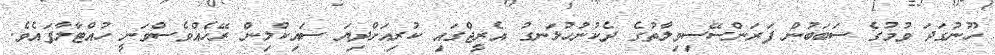
ހޫނުގަދަ ވުމުގެ ސަބަބުން ފަރަންސޭސިވިލާތުގެ ދެކުނުހުޅަނގު އެރީޖްގައި ކުރިއަށްދިޔަ ސައިކްލިން ރޭހެއްވެސްވަނީ ހުއްޓާލާފައެވެ.